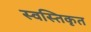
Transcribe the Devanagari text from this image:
स्वस्तिकृत